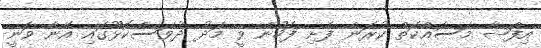
އިފްޝާ މަސައްކަތް ކުރަން ފެށި ފަހުން ވީ މަދު ދުވަސްކޮޅޫގައި އޭނާ ވަނީ